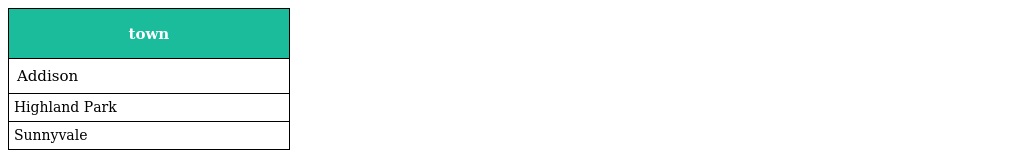
| town |
 | --- |
 | Addison |
 | Highland Park |
 | Sunnyvale |